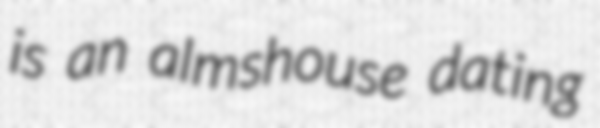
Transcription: is an almshouse dating